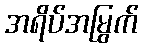
အရိပ်အမြွက်